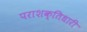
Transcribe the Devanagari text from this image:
पराशक्तिधारी